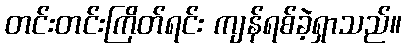
တင်းတင်းကြိတ်ရင်း ကျန်ရစ်ခဲ့ရှာသည်။